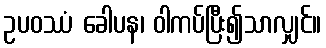
ဥပဝဿံ ခေါပန၊ ဝါကပ်ပြီး၍သာလျှင်။